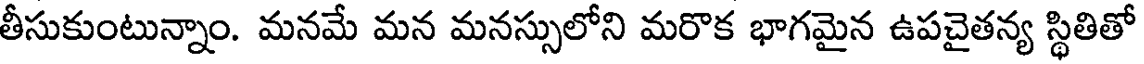
తీసుకుంటున్నాం. మనమే మన మనస్సులోని మరొక భాగమైన ఉపచైతన్య స్థితితో